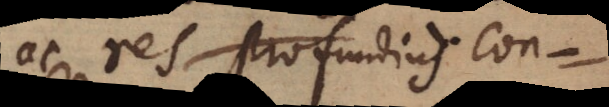
t ac res profundius con-